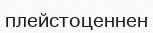
плейстоценнен